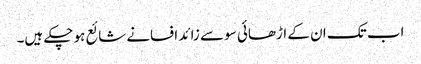
اب تک ان کے اڑھائی سو سے زائد افسانے شائع ہو چکے ہیں۔